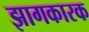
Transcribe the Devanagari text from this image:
झागकारक